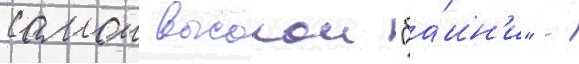
самои высокои "ба́шн'и" -